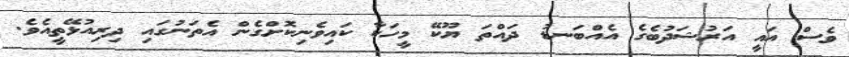
ވެސް އައީ އަރުޝަދުބެގެ އެއްބަނޑު ދައްތަ ޔޫކޭ މީހަކާ ކައިވެނިކޮށްގެން އެތަނުގައި ދިރިއުޅޭތީއެވެ.